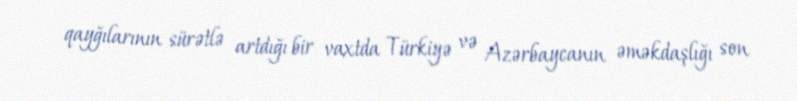
qayğılarının sürətlə artdığı bir vaxtda Türkiyə və Azərbaycanın əməkdaşlığı son